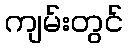
ကျမ်းတွင်